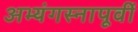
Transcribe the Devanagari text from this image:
अभ्यंगस्नापूर्वी